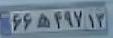
۶۶ه۴۹۷۱۳